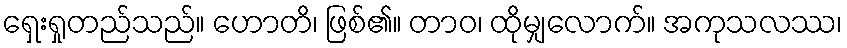
ရှေးရှုတည်သည်။ ဟောတိ၊ ဖြစ်၏။ တာဝ၊ ထိုမျှလောက်။ အကုသလဿ၊